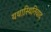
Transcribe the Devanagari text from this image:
यथास्थितिवाद